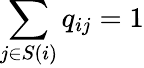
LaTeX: \sum_{j\in S(i)}q_{ij}=1